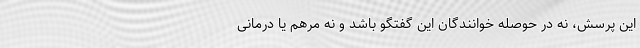
این پرسش، نه در حوصله خوانندگان این گفتگو باشد و نه مرهم یا درمانی